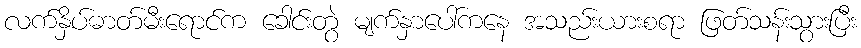
လက်နှိပ်ဓာတ်မီးရောင်က ခေါင်းတွဲ မျက်နှာပေါ်ကနေ အသည်းယားစရာ ဖြတ်သန်းသွားပြီး